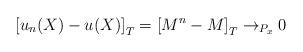
LaTeX: \begin{align*}\left[u_{n}(X)-u(X)\right]_{T}=\left[M^{n}-M\right]_{T}\rightarrow_{P_{x}}0\end{align*}